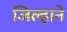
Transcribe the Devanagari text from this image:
जिल्हाने